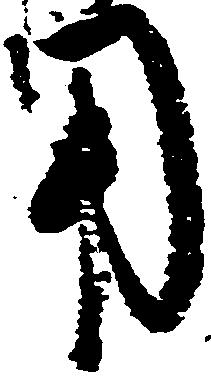
用